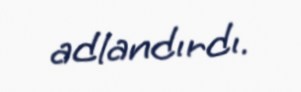
adlandırdı.